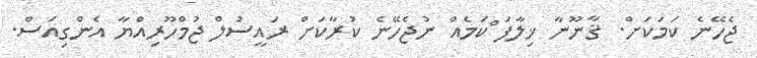
ޖެހޭނެ ކަމަކަށް. ޤާނޫނާ ޚިލާފަ ްކަމެއް ނުޖެހޭނެ ކުރާކަށް ރައީސުލް ޖުމްހޫރިއްޔާ އެންގިއަސް.